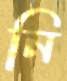
নি